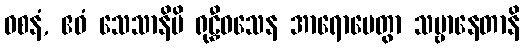
ဝစနံ, ဧဝံ သေသာနိပိ ရုဠှီဝသေန အာရောပေတွာ သဗ္ဗာနေတာနိ